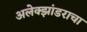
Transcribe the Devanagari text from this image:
अलेक्झांडराचा